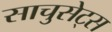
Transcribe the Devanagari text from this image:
साचुसेट्स